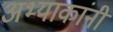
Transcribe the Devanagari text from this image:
अभ्याकांनी